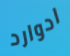
ادوارد